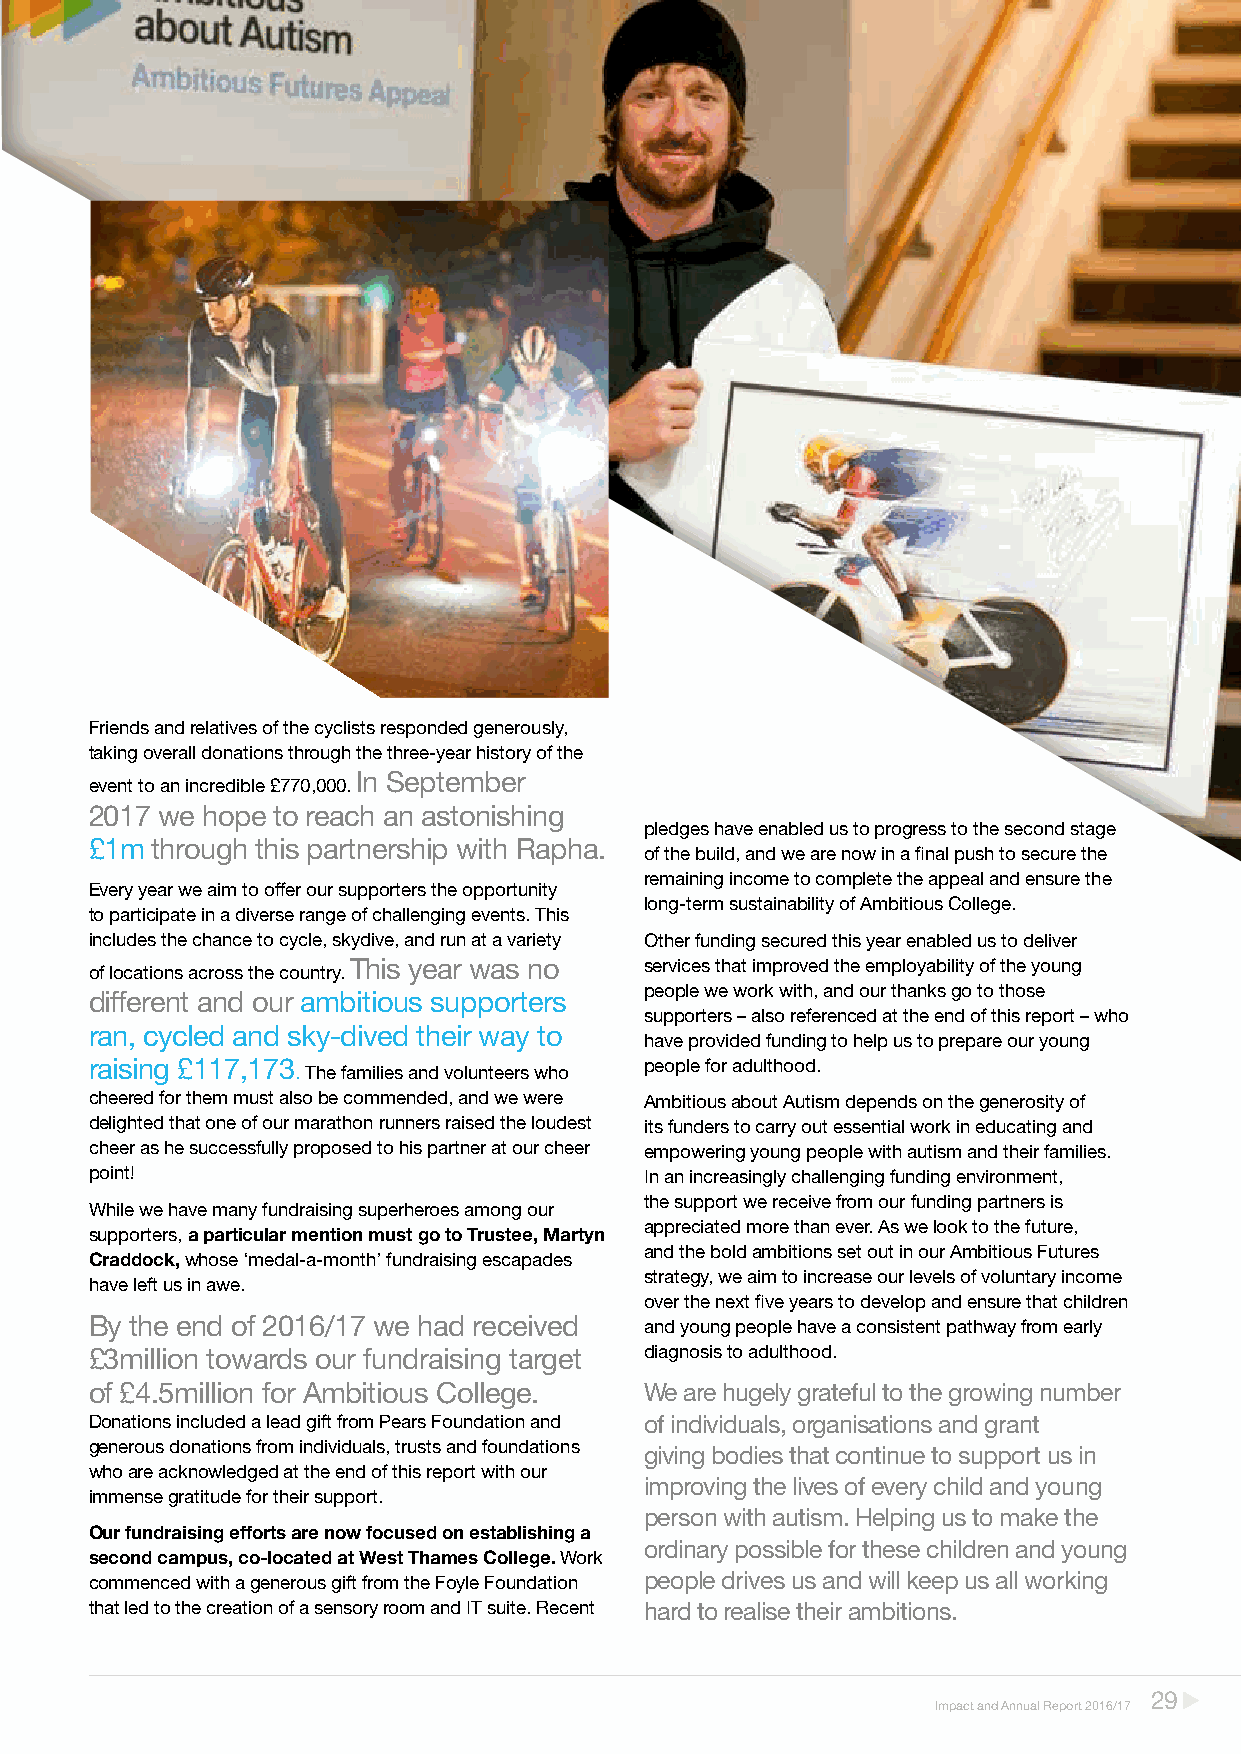
Friends and relatives of the cyclists responded generously,
 taking overall donations through the three-year history of the
 In September
 event to an incredible £770,000.
 2017 we hope to reach an astonishing
 pledges have enabled us to progress to the second stage
 £1m through this partnership with Rapha.
 of the build, and we are now in a final push to secure the
 remaining income to complete the appeal and ensure the
 Every year we aim to offer our supporters the opportunity
 long-term sustainability of Ambitious College.
 to participate in a diverse range of challenging events. This
 includes the chance to cycle, skydive, and run at a variety Other funding secured this year enabled us to deliver
 This year was no    services that improved the employability of the young
 of locations across the country.
 people we work with, and our thanks go to those
 different and our ambitious supporters
 supporters – also referenced at the end of this report – who
 ran, cycled and sky-dived their way to
 have provided funding to help us to prepare our young
 raising £117,173                     people for adulthood.
 . The families and volunteers who
 cheered for them must also be commended, and we were Ambitious about Autism depends on the generosity of
 delighted that one of our marathon runners raised the loudest its funders to carry out essential work in educating and
 cheer as he successfully proposed to his partner at our cheer empowering young people with autism and their families.
 point!                               In an increasingly challenging funding environment,
 the support we receive from our funding partners is
 While we have many fundraising superheroes among our
 appreciated more than ever. As we look to the future,
 supporters, a particular mention must go to Trustee, Martyn
 and the bold ambitions set out in our Ambitious Futures
 Craddock, whose ‘medal-a-month’ fundraising escapades
 strategy, we aim to increase our levels of voluntary income
 have left us in awe.
 over the next five years to develop and ensure that children
 By the end of 2016/17 we had received and young people have a consistent pathway from early
 £3million towards our fundraising target diagnosis to adulthood.
 of £4.5million for Ambitious College. We are hugely grateful to the growing number
 Donations included a lead gift from Pears Foundation and of individuals, organisations and grant
 generous donations from individuals, trusts and foundations
 giving bodies that continue to support us in
 who are acknowledged at the end of this report with our
 improving the lives of every child and young
 immense gratitude for their support.
 person with autism. Helping us to make the
 Our fundraising efforts are now focused on establishing a
 ordinary possible for these children and young
 second campus, co-located at West Thames College. Work
 commenced with a generous gift from the Foyle Foundation people drives us and will keep us all working
 that led to the creation of a sensory room and IT suite. Recent hard to realise their ambitions.
 2299
 IImmppaacctt aanndd AAnnnnuuaall RReeppoorrtt 22001166//1177